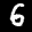
Label: 6